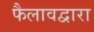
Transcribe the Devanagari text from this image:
फैलावद्वारा